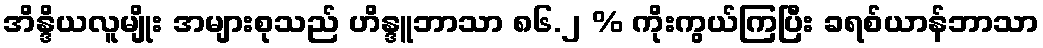
အိန္ဒိယလူမျိုး အများစုသည် ဟိန္ဒူဘာသာ ၈၆.၂ % ကိုးကွယ်ကြပြီး ခရစ်ယာန်ဘာသာ